Document type: Grant
Year: 1301
Scribe: Berenguer de Terrassa
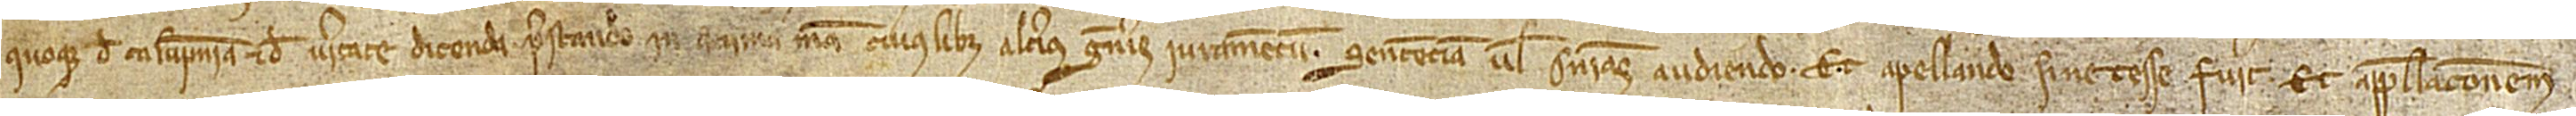
quoque de calumpnia et de veritate dicenda, prestando in anima mea cuiuslibet alterius generis iuramentum, sentenciam vel sentencias audiendo et apellando si necesse fuerit, et appellacionem